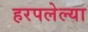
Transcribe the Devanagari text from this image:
हरपलेल्या